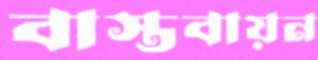
বাস্তবায়ন